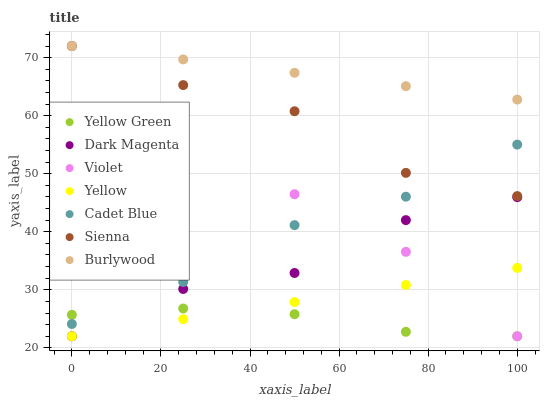
| xaxis_label | Yellow Green | Dark Magenta | Violet | Yellow | Cadet Blue | Sienna | Burlywood |
 | --- | --- | --- | --- | --- | --- | --- | --- |
 | 0 | 25.7 | 22 | 72 | 22 | 24.1 | 72 | 72 |
 | 25 | 26.8 | 30.1 | 61.1 | 24.9 | 31.4 | 65.3 | 69.7 |
 | 50 | 25.8 | 32.9 | 46.5 | 27.9 | 41.1 | 60.8 | 67.4 |
 | 75 | 22.8 | 42 | 36.5 | 30.8 | 46 | 50.1 | 65.1 |
 | 100 | 22 | 46 | 22 | 33.8 | 55 | 46.1 | 62.8 |